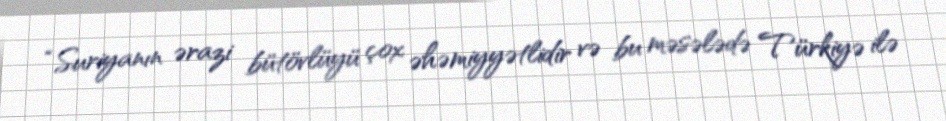
“Suriyanın ərazi bütövlüyü çox əhəmiyyətlidir və bu məsələdə Türkiyə ilə